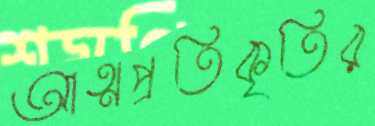
আত্মপ্রতিকৃতির